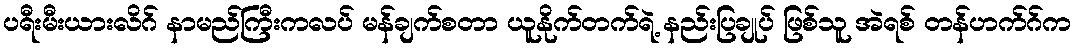
ပရီးမီးယားလိဂ် နာမည်ကြီးကလပ် မန်ချက်စတာ ယူနိုက်တက်ရဲ့ နည်းပြချုပ် ဖြစ်သူ အဲရစ် တန်ဟက်ဂ်က